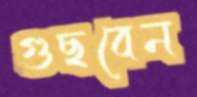
গুছবেন